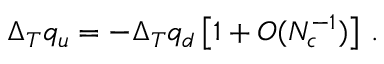
\quad \Delta _ { T } q _ { u } = - \Delta _ { T } q _ { d } \left[ 1 + O ( N _ { c } ^ { - 1 } ) \right] \, .